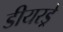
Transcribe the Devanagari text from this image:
डीयरड्रे